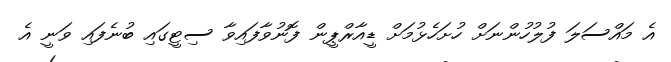
އެ މައްސަލަ ފުލުހުންނަށް ހުށަހެޅުމަށް ޑީއާރްޕީން ފޮނުވާފައިވާ ސިޓީގައި ބުނެފައި ވަނީ އެ